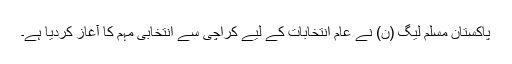
پاکستان مسلم لیگ (ن) نے عام انتخابات کے لیے کراچی سے انتخابی مہم کا آغاز کردیا ہے۔